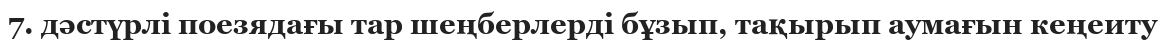
7. дәстүрлі поезядағы тар шеңберлерді бұзып, тақырып аумағын кеңеиту